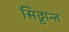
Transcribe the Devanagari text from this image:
सिठ्ठान्त